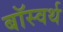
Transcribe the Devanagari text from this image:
बॉस्वर्थ